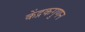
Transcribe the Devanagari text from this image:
केंद्रकगुणन